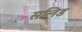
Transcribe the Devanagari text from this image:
सलिड